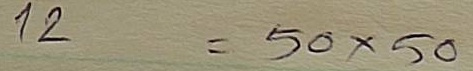
12 = 50 x 50